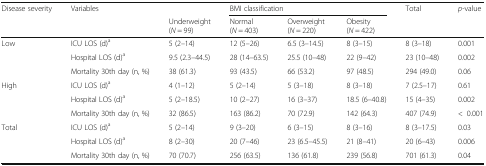
<table><thead><tr><td rowspan="2"><b>Disease severity</b></td><td rowspan="2"><b>Variables</b></td><td></td><td colspan="3"><b>BMI classification</b></td><td rowspan="2"><b>Total</b></td><td rowspan="2"><b><i>p</i>-value</b></td></tr><tr><td><b>Underweight(<i>N</i> = 99)</b></td><td><b>Normal(<i>N</i> = 403)</b></td><td><b>Overweight(<i>N</i> = 220)</b></td><td><b>Obesity(<i>N</i> = 422)</b></td></tr></thead><tbody><tr><td rowspan="3">Low</td><td>ICU LOS (d)<sup>a</sup></td><td>5 (2–14)</td><td>12 (5–26)</td><td>6.5 (3–14.5)</td><td>8 (3–15)</td><td>8 (3–18)</td><td>0.001</td></tr><tr><td>Hospital LOS (d)<sup>a</sup></td><td>9.5 (2.3–44.5)</td><td>28 (14–63.5)</td><td>25.5 (10–48)</td><td>22 (9–42)</td><td>23 (10–48)</td><td>0.002</td></tr><tr><td>Mortality 30th day (n, %)</td><td>38 (61.3)</td><td>93 (43.5)</td><td>66 (53.2)</td><td>97 (48.5)</td><td>294 (49.0)</td><td>0.06</td></tr><tr><td rowspan="3">High</td><td>ICU LOS (d)<sup>a</sup></td><td>4 (1–12)</td><td>5 (2–14)</td><td>5 (3–18)</td><td>8 (3–18)</td><td>7 (2.5–17)</td><td>0.61</td></tr><tr><td>Hospital LOS (d)<sup>a</sup></td><td>5 (2–18.5)</td><td>10 (2–27)</td><td>16 (3–37)</td><td>18.5 (6–40.8)</td><td>15 (4–35)</td><td>0.002</td></tr><tr><td>Mortality 30th day (n, %)</td><td>32 (86.5)</td><td>163 (86.2)</td><td>70 (72.9)</td><td>142 (64.3)</td><td>407 (74.9)</td><td>&lt;0.001</td></tr><tr><td rowspan="3">Total</td><td>ICU LOS (d)<sup>a</sup></td><td>5 (2–14)</td><td>9 (3–20)</td><td>6 (3–15)</td><td>8 (3–16)</td><td>8 (3–17.5)</td><td>0.03</td></tr><tr><td>Hospital LOS (d)<sup>a</sup></td><td>8 (2–30)</td><td>20 (7–46)</td><td>23 (6.5–45.5)</td><td>21 (8–41)</td><td>20 (6–43)</td><td>0.006</td></tr><tr><td>Mortality 30th day (n, %)</td><td>70 (70.7)</td><td>256 (63.5)</td><td>136 (61.8)</td><td>239 (56.8)</td><td>701 (61.3)</td><td>0.04</td></tr></tbody></table>